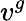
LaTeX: v^{g}